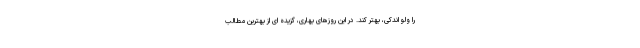
را ولو اندکی، بهتر کند. در این روزهای بهاری، گزیده ای از بهترین مطالب